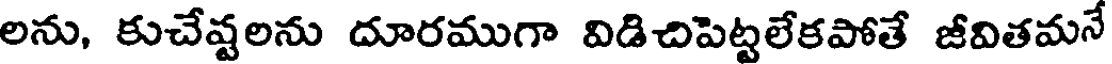
లను, కుచేష్టలను దూరముగా విడిచిపెట్టలేకపోతే జీవితమనే